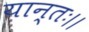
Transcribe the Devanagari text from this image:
यान्तः।।